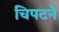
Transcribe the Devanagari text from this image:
चिपटने